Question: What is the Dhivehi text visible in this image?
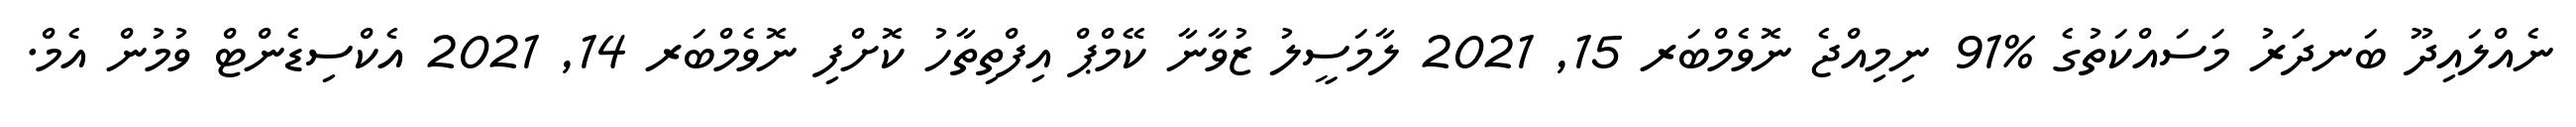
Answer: ނެއްލައިދޫ ބަނދަރު މަސައްކަތުގެ %91 ނިމިއްޖެ ނޮވެމްބަރ 15, 2021 ލާމަސީލު ޒުވާނާ ކޭމްޕް އިފްތިތާހު ކޮށްފި ނޮވެމްބަރ 14, 2021 އެކްސިޑެންޓް ވުމުން އެމް.